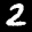
Label: 2